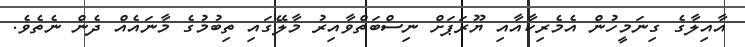
އާއިލާގެ ގިނަމީހުން އެމެރިކާއާއި ޔޫރަޕަށް ނިސްބަތްވާއިރު މާލޭގައި ތިބުމުގެ މާނައެއް ދެން ނެތެވެ.